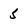
Character: 5